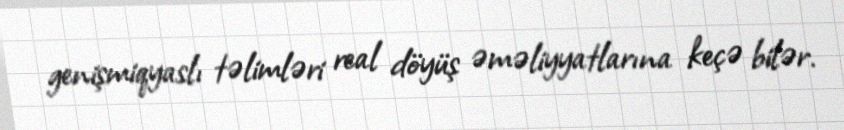
genişmiqyaslı təlimləri real döyüş əməliyyatlarına keçə bilər.